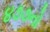
૪૭૭નો